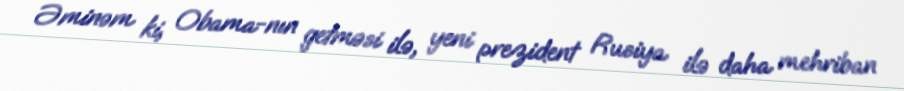
Əminəm ki, Obama-nın getməsi ilə, yeni prezident Rusiya ilə daha mehriban